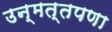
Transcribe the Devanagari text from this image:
उन्मत्तपणा